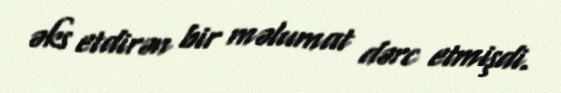
əks etdirən bir məlumat dərc etmişdi.